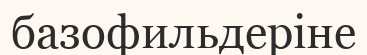
базофильдеріне